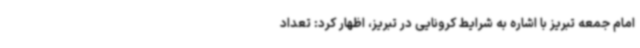
امام جمعه تبریز با اشاره به شرایط کرونایی در تبریز، اظهار کرد: تعداد